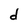
Character: d